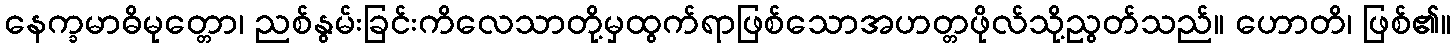
နေက္ခမာဓိမုတ္တော၊ ညစ်နွမ်းခြင်းကိလေသာတို့မှထွက်ရာဖြစ်သောအဟတ္တဖိုလ်သို့ညွတ်သည်။ ဟောတိ၊ ဖြစ်၏။